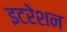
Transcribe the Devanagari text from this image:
इटरेशन